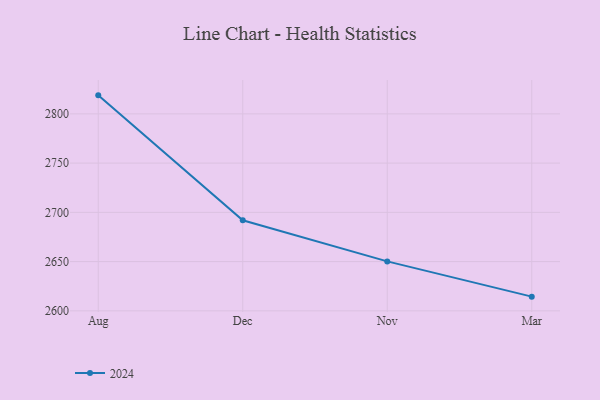
{"axis": {"x": "Month", "y": "Inventory Turnover"}, "legend": ["2024"], "data": [{"x": "Aug", "y": 2818.8, "type": "2024"}, {"x": "Dec", "y": 2691.9, "type": "2024"}, {"x": "Nov", "y": 2650.2, "type": "2024"}, {"x": "Mar", "y": 2614.4, "type": "2024"}]}